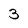
Character: 3